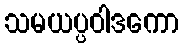
သမယပ္ပဝါဒကော